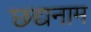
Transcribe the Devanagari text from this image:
छद्यनाम